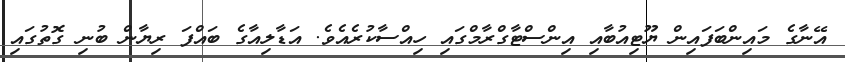
އޭނާގެ މައިންބަފައިން ޔޫޓިއުބާއި އިންސްޓާގްރާމްގައި ހިއްސާކުރެއެވެ. އަޑާލިއާގެ ބައްފަ ރިޔާން ބުނި ގޮތުގައި